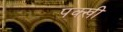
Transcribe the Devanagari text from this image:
पक्खी